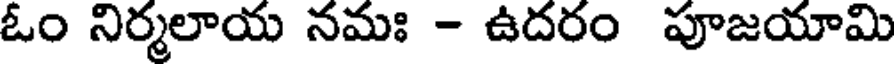
ఓం నిర్మలాయ నమః - ఉదరం పూజయామి